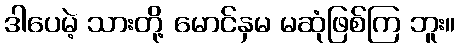
ဒါပေမဲ့ သားတို့ မောင်နှမ မဆုံဖြစ်ကြ ဘူး။